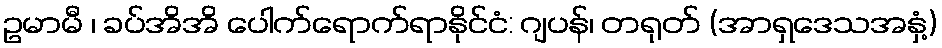
ဥမာမီ ၊ ခပ်အိအိ ပေါက်ရောက်ရာနိုင်ငံ: ဂျပန်၊ တရုတ် (အာရှဒေသအနှံ့)